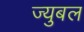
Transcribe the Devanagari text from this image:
ज्युबल